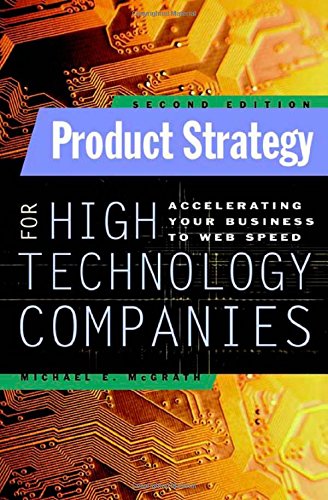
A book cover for Product Strategy for High Technology Companies; Michael McGrath; Business & Money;